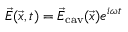
\vec { E } ( \vec { x } , t ) = \vec { E } _ { \mathrm { c a v } } ( \vec { x } ) e ^ { i \omega t }